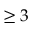
\geq 3